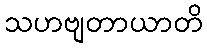
သဟဗျတာယာတိ